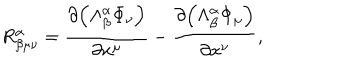
R _ { \beta \mu \nu } ^ { \alpha } = \frac { \partial { \left( \Lambda _ { \beta } ^ { \alpha } \Phi _ { \nu } \right) } } { \partial x ^ { \mu } } - \frac { \partial { \left( \Lambda _ { \beta } ^ { \alpha } \Phi _ { \mu } \right) } } { \partial x ^ { \nu } } ,